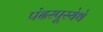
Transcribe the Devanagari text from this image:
पंढरपूरयेथे